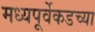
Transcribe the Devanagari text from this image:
मध्यपूर्वेकडच्या